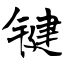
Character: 键